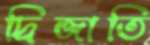
দ্বিজাতি